Annual administration report of the Civil Veterinary Department, Sind - 1945-1946
Year: 1945
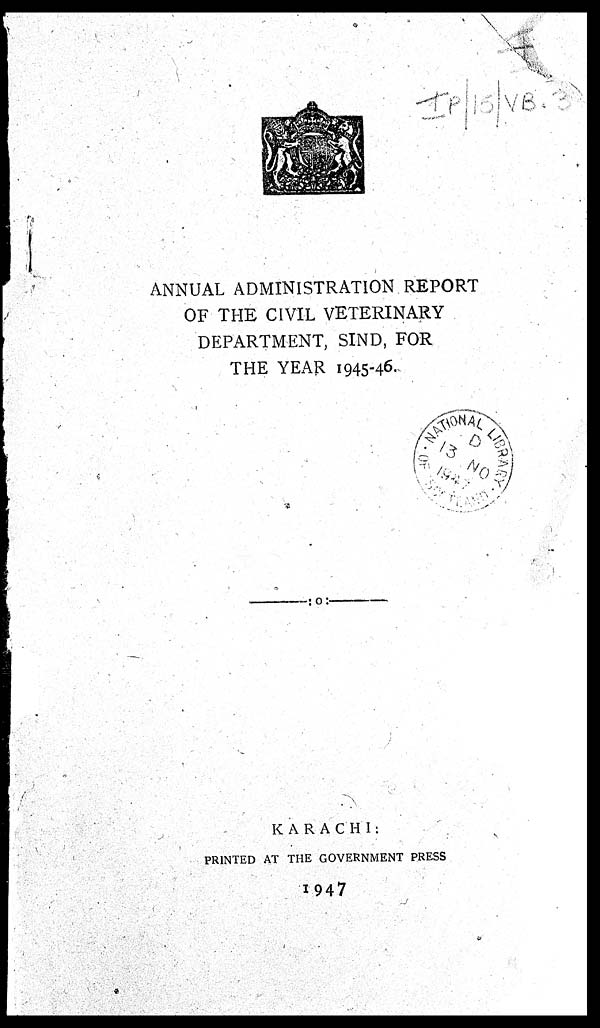
ANNUAL ADMINISTRATION REPORT
OF THE CIVIL VETERINARY
DEPARTMENT, SIND, FOR
THE YEAR 1945-46.
KARACHI:
PRINTED AT THE GOVERNMENT PRESS
1947